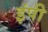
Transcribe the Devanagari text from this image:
इंपी